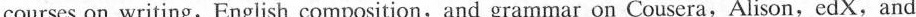
courses on writing,English composition,and grammar on Cousera，Alison，edX，and